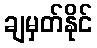
ချမှတ်နိုင်